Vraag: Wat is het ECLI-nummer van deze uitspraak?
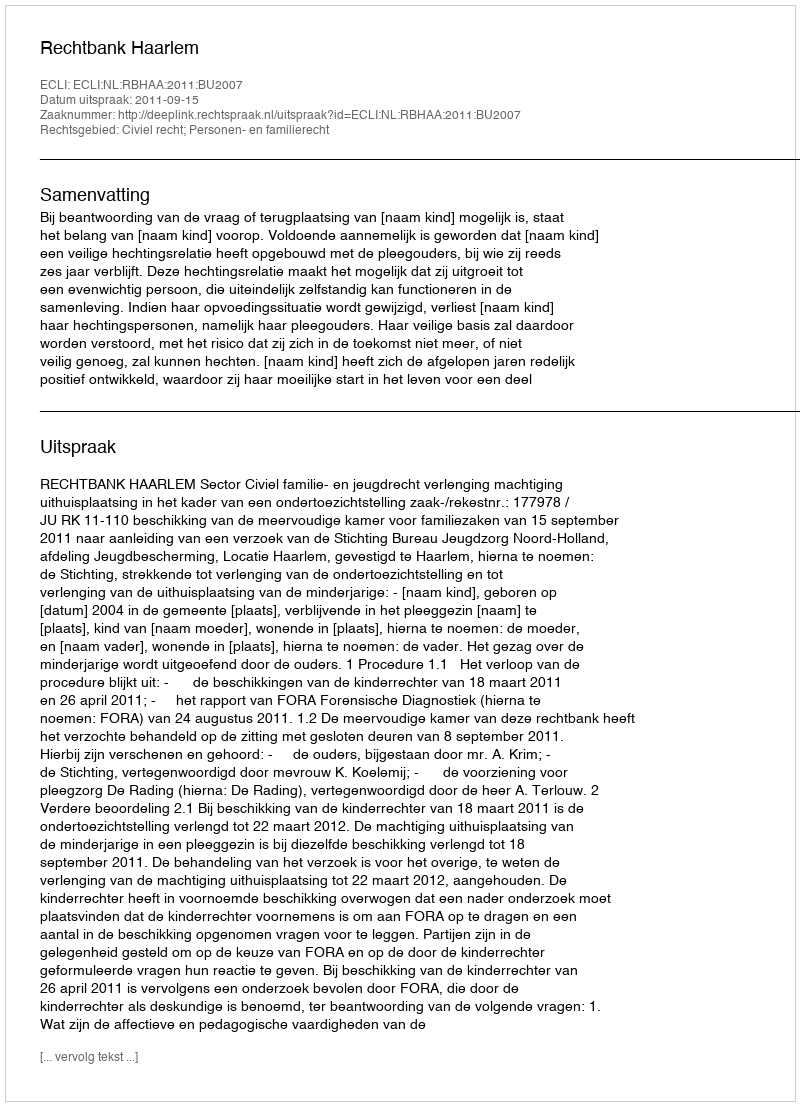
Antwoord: ECLI:NL:RBHAA:2011:BU2007